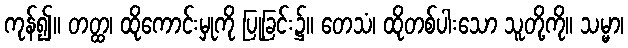
ကုန်၍။ တတ္ထ၊ ထိုကောင်းမှုကို ပြုခြင်း၌။ တေသံ၊ ထိုတစ်ပါးသော သူတို့ကို။ သမ္မာ၊